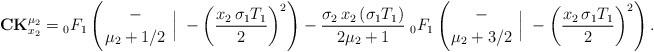
\begin{align*} \mathbf{CK}_{x_2}^{\mu_2}={}_0F_{1}\left(\genfrac{}{}{0pt}{}{-}{\mu_2+1/2}\;\Big\rvert\;-\left(\frac{x_2\,\sigma_1 T_1}{2}\right)^2\right)-\frac{\sigma_2\,x_2\,(\sigma_1 T_1)}{2\mu_2+1}\;{}_0F_{1}\left(\genfrac{}{}{0pt}{}{-}{\mu_2+3/2}\;\Big\rvert\;-\left(\frac{x_2\,\sigma_1 T_1}{2}\right)^2\right).\end{align*}